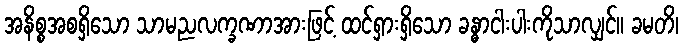
အနိစ္စအစရှိသော သာမညလက္ခဏာအားဖြင့် ထင်ရှားရှိသော ခန္ဓာငါးပါးကိုသာလျှင်။ ခမတိ၊